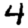
Digit: 4